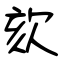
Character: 欬